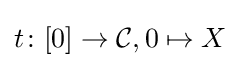
t\colon [0]\rightarrow {\mathcal {C}},0\mapsto X